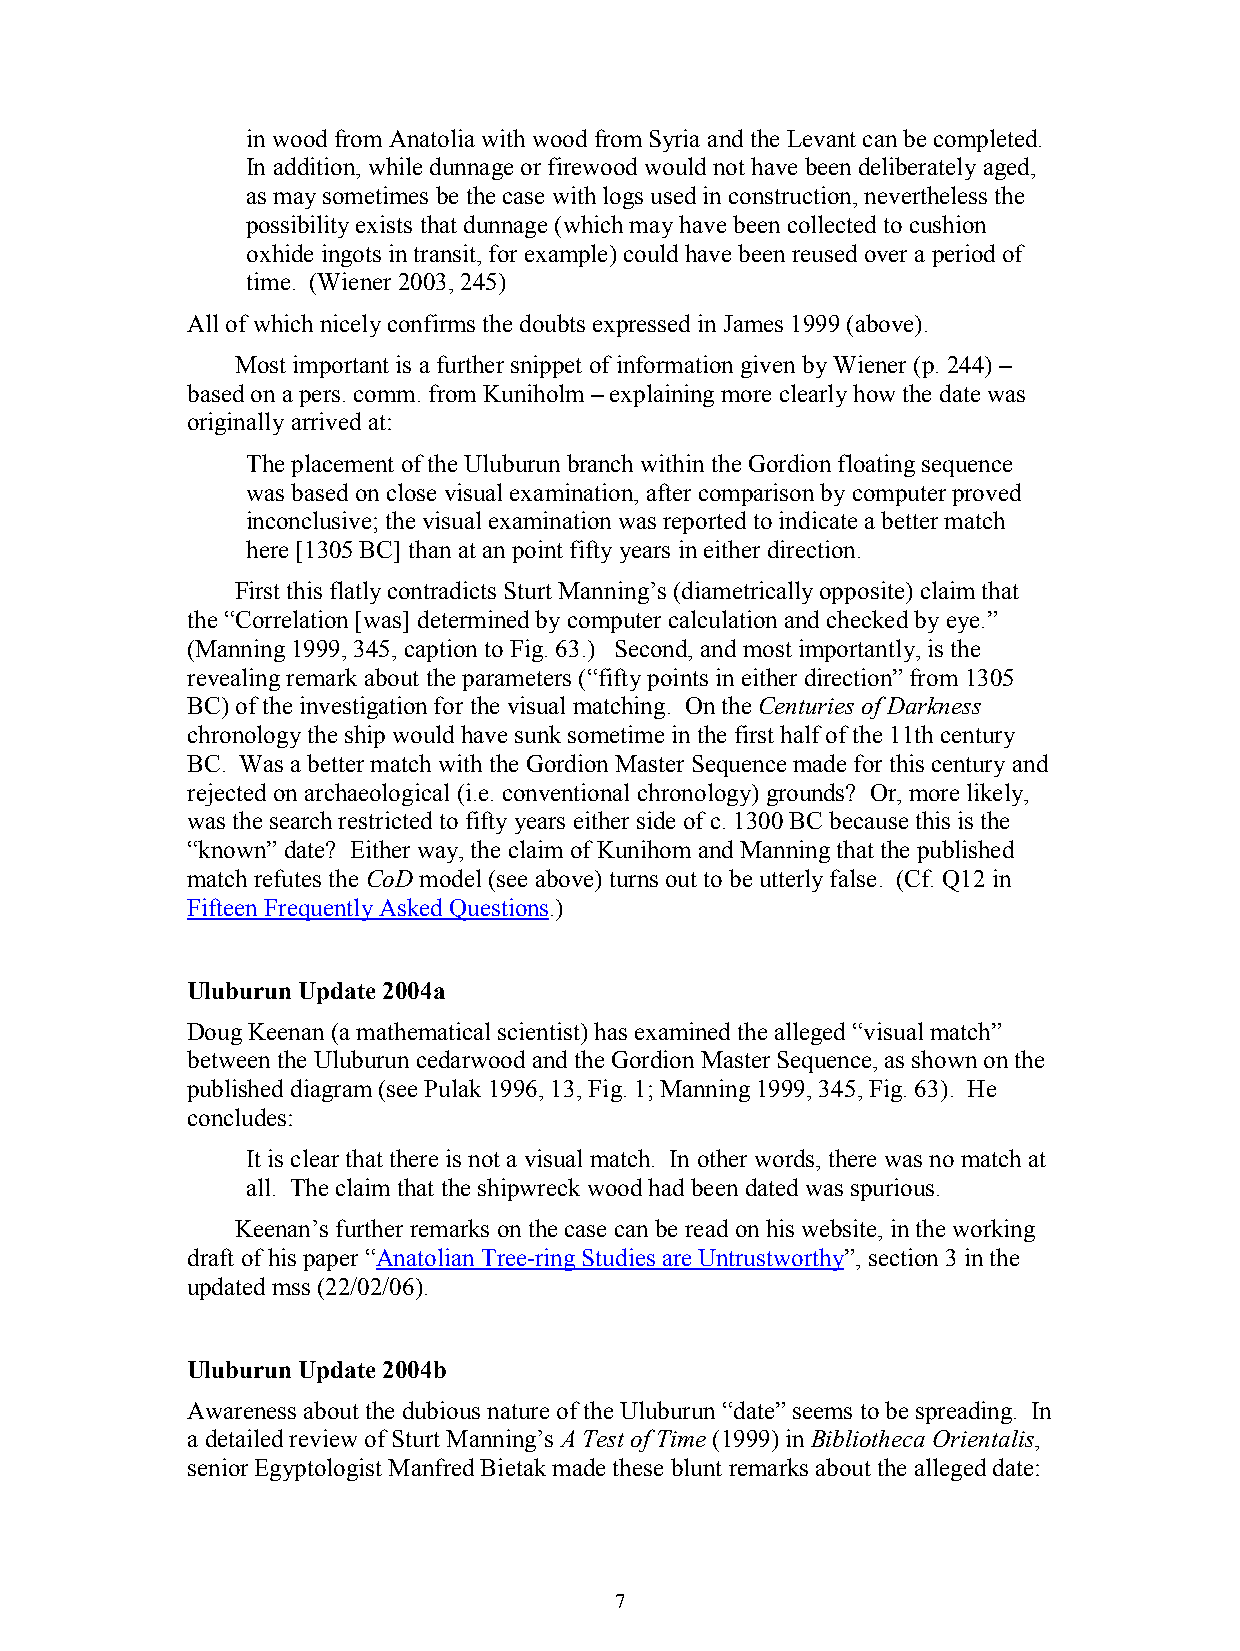
in wood from Anatolia with wood from Syria and the Levant can be completed.
 In addition, while dunnage or firewood would not have been deliberately aged,
 as may sometimes be the case with logs used in construction, nevertheless the
 possibility exists that dunnage (which may have been collected to cushion
 oxhide ingots in transit, for example) could have been reused over a period of
 time. (Wiener 2003, 245)
 All of which nicely confirms the doubts expressed in James 1999 (above).
 Most important is a further snippet of information given by Wiener (p. 244) –
 based on a pers. comm. from Kuniholm – explaining more clearly how the date was
 originally arrived at:
 The placement of the Uluburun branch within the Gordion floating sequence
 was based on close visual examination, after comparison by computer proved
 inconclusive; the visual examination was reported to indicate a better match
 here [1305 BC] than at an point fifty years in either direction.
 First this flatly contradicts Sturt Manning’s (diametrically opposite) claim that
 the “Correlation [was] determined by computer calculation and checked by eye.”
 (Manning 1999, 345, caption to Fig. 63.) Second, and most importantly, is the
 revealing remark about the parameters (“fifty points in either direction” from 1305
 BC) of the investigation for the visual matching. On the Centuries of Darkness
 chronology the ship would have sunk sometime in the first half of the 11th century
 BC. Was a better match with the Gordion Master Sequence made for this century and
 rejected on archaeological (i.e. conventional chronology) grounds? Or, more likely,
 was the search restricted to fifty years either side of c. 1300 BC because this is the
 “known” date? Either way, the claim of Kunihom and Manning that the published
 match refutes the CoD model (see above) turns out to be utterly false. (Cf. Q12 in
 Fifteen Frequently Asked Questions.)
 Uluburun Update 2004a
 Doug Keenan (a mathematical scientist) has examined the alleged “visual match”
 between the Uluburun cedarwood and the Gordion Master Sequence, as shown on the
 published diagram (see Pulak 1996, 13, Fig. 1; Manning 1999, 345, Fig. 63). He
 concludes:
 It is clear that there is not a visual match. In other words, there was no match at
 all. The claim that the shipwreck wood had been dated was spurious.
 Keenan’s further remarks on the case can be read on his website, in the working
 draft of his paper “Anatolian Tree-ring Studies are Untrustworthy”, section 3 in the
 updated mss (22/02/06).
 Uluburun Update 2004b
 Awareness about the dubious nature of the Uluburun “date” seems to be spreading. In
 a detailed review of Sturt Manning’s A Test of Time (1999) in Bibliotheca Orientalis,
 senior Egyptologist Manfred Bietak made these blunt remarks about the alleged date:
 7